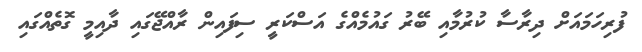
ފުރިހަމައަށް ދިރާސާ ކުރުމާއި ބޭރު ގައުމެއްގެ އަސްކަރީ ސިފައިން ރާއްޖޭގައި ދާއިމީ ގޮތެއްގައި